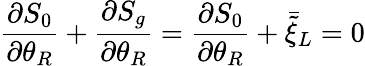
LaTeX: \frac{\partial S_{0}}{\partial\theta_{R}}+\frac{\partial S_{g}}{\partial\theta_{R}}=\frac{\partial S_{0}}{\partial\theta_{R}}+\bar{\tilde{\xi}}_{L}=0